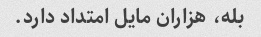
بله، هزاران مایل امتداد دارد.